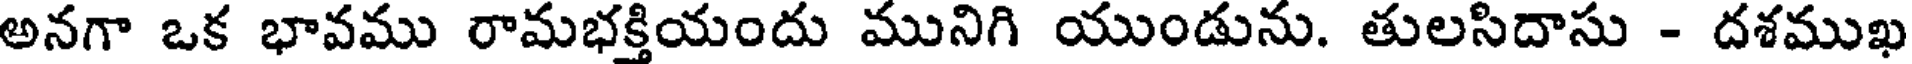
అనగా ఒక భావము రామభక్తియందు మునిగి యుండును. తులసిదాసు - దశముఖ